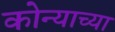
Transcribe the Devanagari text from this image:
कोन्याच्या